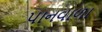
પાનવાળા